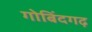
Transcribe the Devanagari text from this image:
गोबिंदगढ़